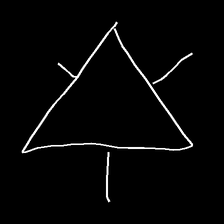
Glyph: fire